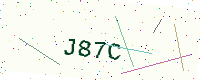
Text: J87C